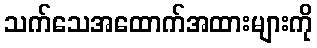
သက်သေအထောက်အထားများကို